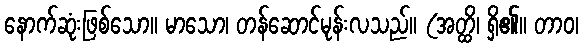
နောက်ဆုံးဖြစ်သော။ မာသော၊ တန်ဆောင်မုန်းလသည်။ (အတ္ထိ၊ ရှိ၏။ တာဝ၊